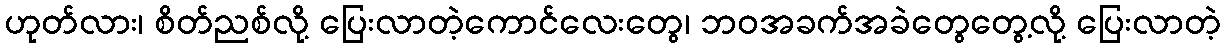
ဟုတ်လား၊ စိတ်ညစ်လို့ ပြေးလာတဲ့ကောင်လေးတွေ၊ ဘဝအခက်အခဲတွေတွေ့လို့ ပြေးလာတဲ့